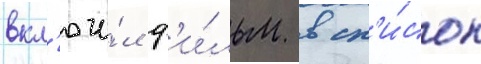
вкл'ючи́л ф'и́льм в сп'и́сок